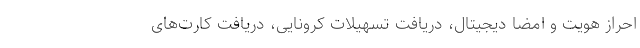
احراز هویت و امضا دیجیتال، دریافت تسهیلات کرونایی، دریافت کارت‌های